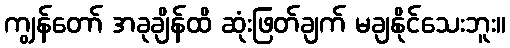
ကျွန်တော် အခုချိန်ထိ ဆုံးဖြတ်ချက် မချနိုင်သေးဘူး။